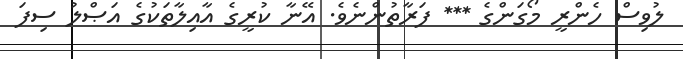
ލުވިސް ހެންރީ މޯގަންގެ *** ފަރާތުންނެވެ. އޭނާ ކުރީގެ އާއިލާތަކުގެ އަޞްލު ސިފަ